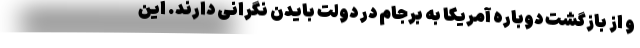
و از بازگشت دوباره آمریکا به برجام در دولت بایدن نگرانی دارند. این